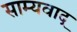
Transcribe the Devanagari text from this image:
साम्यवाद्